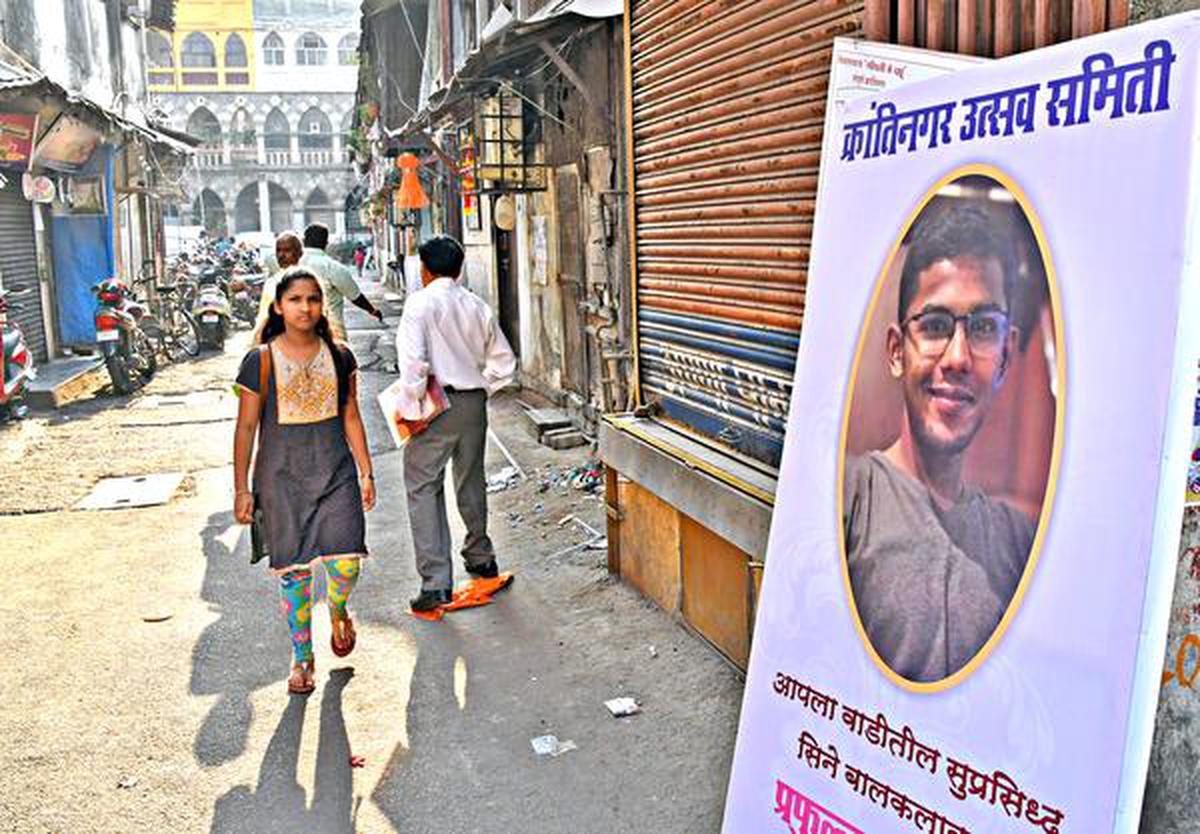
Language: marathi
Transcription: उत्सव क्रांतिनगर समिती आपला वाडीतील सुप्रसिद्ध सिने